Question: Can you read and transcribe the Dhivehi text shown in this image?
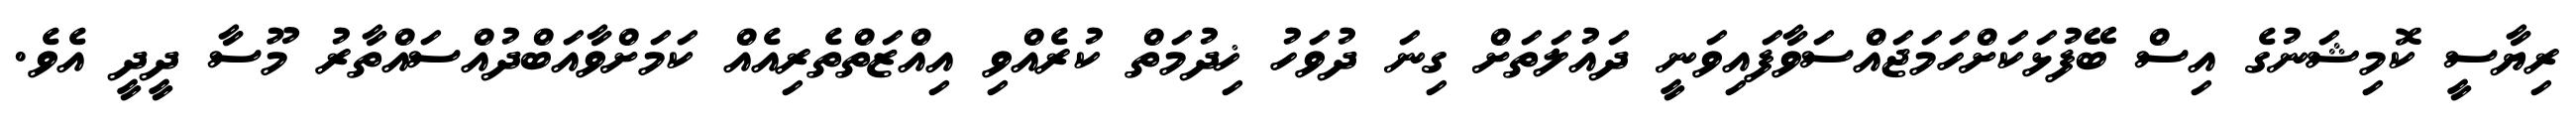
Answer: ރިޔާސީ ކޮމިޝަނުގެ އިސް ބޭފުޅަކަށްހަމަޖައްސަވާފައިވަނީ ދައުލަތަށް ގިނަ ދުވަހު ޚިދުމަތް ކުރެއްވި އިއްޒަތްތެރިއެއް ކަމަށްވާއަބްދުއްސައްތާރު މޫސާ ދީދީ އެވެ.